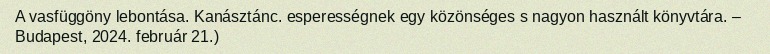
A vasfüggöny lebontása. Kanásztánc. esperességnek egy közönséges s nagyon használt könyvtára. – Budapest, 2024. február 21.)